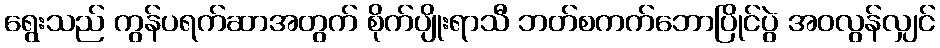
ရွေးသည် ကွန်ပရက်ဆာအတွက် စိုက်ပျိုးရာသီ ဘတ်စကက်ဘောပြိုင်ပွဲ အဝလွန်လျှင်